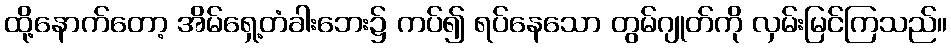
ထို့နောက်တော့ အိမ်ရှေ့တံခါးဘေး၌ ကပ်၍ ရပ်နေသော တွမ်ဂျုတ်ကို လှမ်းမြင်ကြသည်။